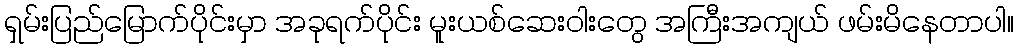
ရှမ်းပြည်မြောက်ပိုင်းမှာ အခုရက်ပိုင်း မူးယစ်ဆေးဝါးတွေ အကြီးအကျယ် ဖမ်းမိနေတာပါ။